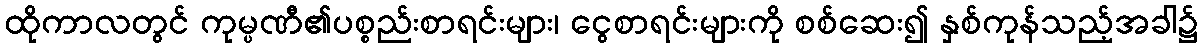
ထိုကာလတွင် ကုမ္ပဏီ၏ပစ္စည်းစာရင်းများ၊ ငွေစာရင်းများကို စစ်ဆေး၍ နှစ်ကုန်သည့်အခါ၌